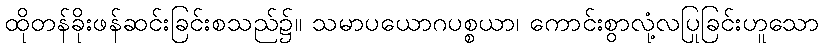
ထိုတန်ခိုးဖန်ဆင်းခြင်းစသည်၌။ သမာပယောဂပစ္စယာ၊ ကောင်းစွာလုံ့လပြုခြင်းဟူသော